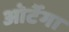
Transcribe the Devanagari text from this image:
ओर्टेगा